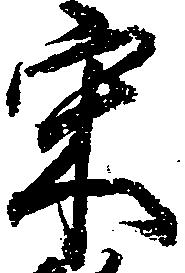
宋